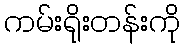
ကမ်းရိုးတန်းကို